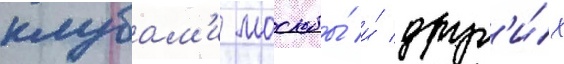
клубам'и москвы́ и́ друг'и́х